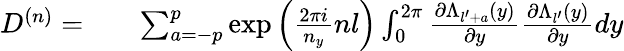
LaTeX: \begin{array}{rlr}{D^{(n)}=}&{{}}&{\sum_{a=-p}^{p}\exp{\left(\frac{2\pi i}{n_{y}}nl\right)}\int_{0}^{2\pi}\frac{\partial\Lambda_{l^{\prime}+a}(y)}{\partial y}\frac{\partial\Lambda_{l^{\prime}}(y)}{\partial y}dy}\end{array}